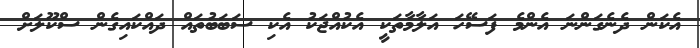
އެކަން ދެނެގަންނަ އެންމެ ފަސޭހަ އަލާމާތަކީ އެކުއްޖަކު އެކި ސަބަބުތައް ދައްކައިގެން ސްކޫލަށް